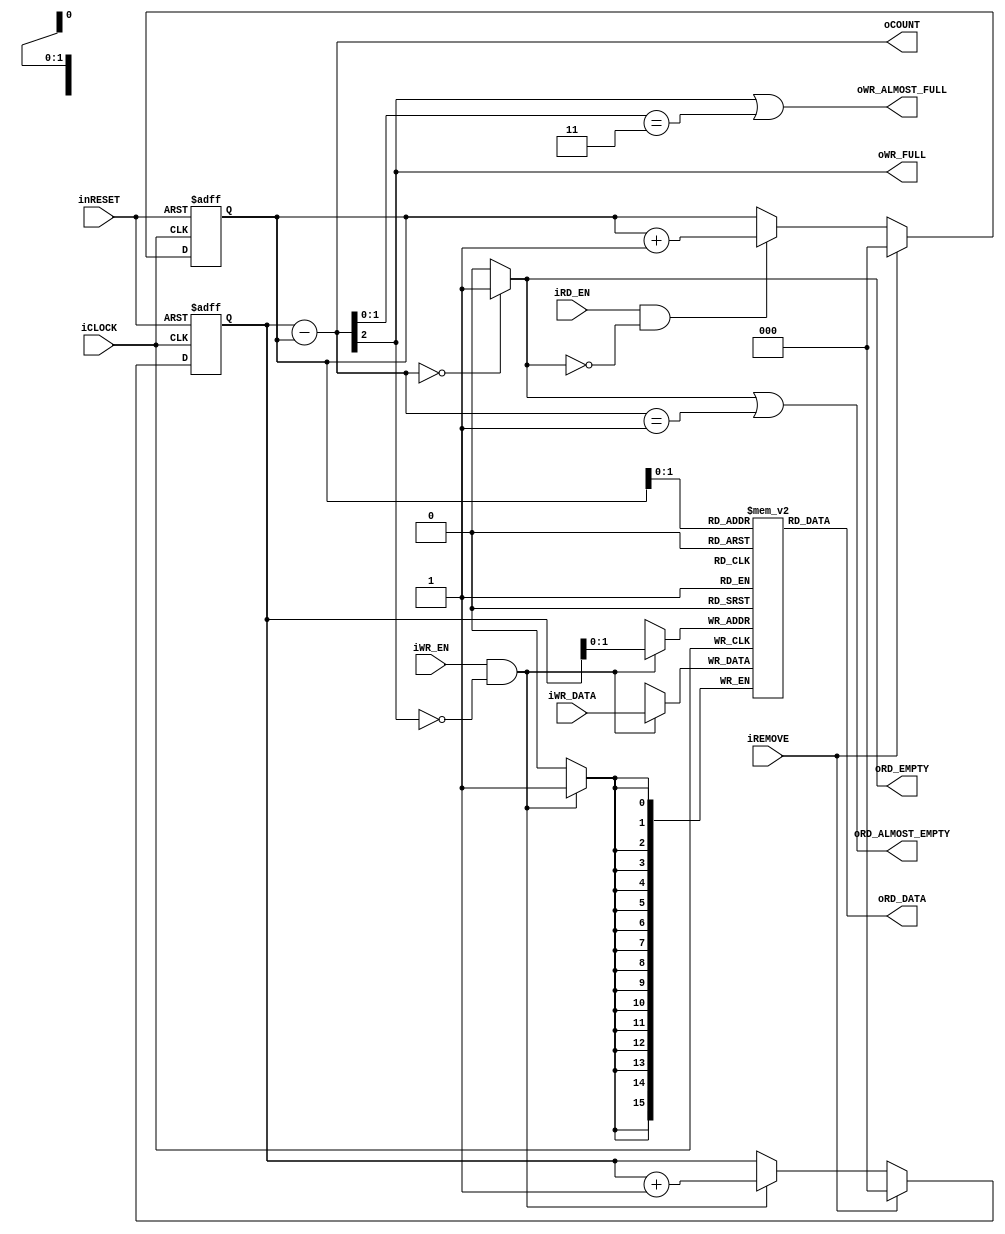
module gci_std_display_sync_fifo #(
		parameter P_N = 16,
		parameter P_DEPTH = 4,
		parameter P_DEPTH_N = 2
	)(
		//System
		input iCLOCK,
		input inRESET,
		input iREMOVE,
		//Counter
		output [P_DEPTH_N:0] oCOUNT,
		//WR
		input iWR_EN,
		input [P_N-1:0] iWR_DATA,
		output oWR_FULL,
		output oWR_ALMOST_FULL,
		//RD
		input iRD_EN,
		output [P_N-1:0] oRD_DATA,
		output oRD_EMPTY,
		output oRD_ALMOST_EMPTY
	);
	
	//Reg
	reg [P_DEPTH_N:0] b_write_pointer;
	reg [P_DEPTH_N:0] b_read_pointer;
	reg [P_N-1:0] b_memory [0:P_DEPTH-1];
	
	//Wire
	wire [P_DEPTH_N:0] count = b_write_pointer - b_read_pointer;
	wire full = count[P_DEPTH_N];
	wire empty = (count == {P_DEPTH_N+1{1'b0}})? 1'b1 : 1'b0;
	wire almost_full = full || (count[P_DEPTH_N-1:0] == {P_DEPTH_N{1'b1}});
	wire almost_empty = empty || (count[P_DEPTH_N:0] == {{P_DEPTH_N{1'b0}}, 1'b1});
	wire read_condition = iRD_EN && !empty;
	wire write_condition = iWR_EN && !full;
	
	/****************************************
	Memory / Counter
	****************************************/
	//Memory
	always@(posedge iCLOCK)begin
		if(write_condition)begin
			b_memory [b_write_pointer[P_DEPTH_N-1:0]] <= iWR_DATA;
		end
	end //Memory
	
	//Write
	always@(posedge iCLOCK or negedge inRESET)begin
		if(!inRESET)begin
			b_write_pointer <= {P_DEPTH_N+1{1'b0}};
		end
		else if(iREMOVE)begin
			b_write_pointer <= {P_DEPTH_N+1{1'b0}};
		end
		else begin
			if(write_condition)begin
				b_write_pointer <= b_write_pointer + {{P_DEPTH_N-1{1'b0}}, 1'b1};				
			end
		end
	end //Write always
	
	//Read
	always@(posedge iCLOCK or negedge inRESET)begin
		if(!inRESET)begin
			b_read_pointer <= {P_DEPTH_N+1{1'b0}};
		end
		else if(iREMOVE)begin
			b_read_pointer <= {P_DEPTH_N+1{1'b0}};
		end
		else begin
			if(read_condition)begin
				b_read_pointer <= b_read_pointer + {{P_DEPTH_N-1{1'b0}}, 1'b1};
			end
		end
	end //Read always
	
	//Assign
	assign oRD_DATA = b_memory[b_read_pointer[P_DEPTH_N-1:0]];
	assign oRD_EMPTY = empty;
	assign oRD_ALMOST_EMPTY = almost_empty;
	
	assign oWR_FULL = full;
	assign oWR_ALMOST_FULL = almost_full;
	assign oCOUNT = count[P_DEPTH_N:0];
	
endmodule